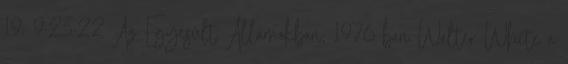
19. 9:23:22 Az Egyesült Államokban, 1976-ban Walter White a